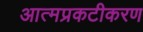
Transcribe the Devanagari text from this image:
आत्मप्रकटीकरण